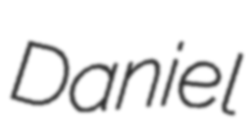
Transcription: Daniel